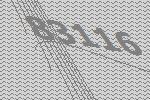
83116